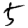
Digit: 5